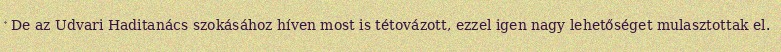
De az Udvari Haditanács szokásához híven most is tétovázott, ezzel igen nagy lehetőséget mulasztottak el.